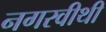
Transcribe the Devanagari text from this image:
नगरवीथी